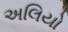
અલિયો